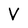
Character: V